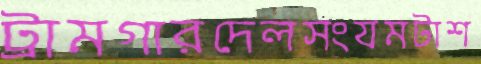
ট্রামগারদেলসংযমটাশ